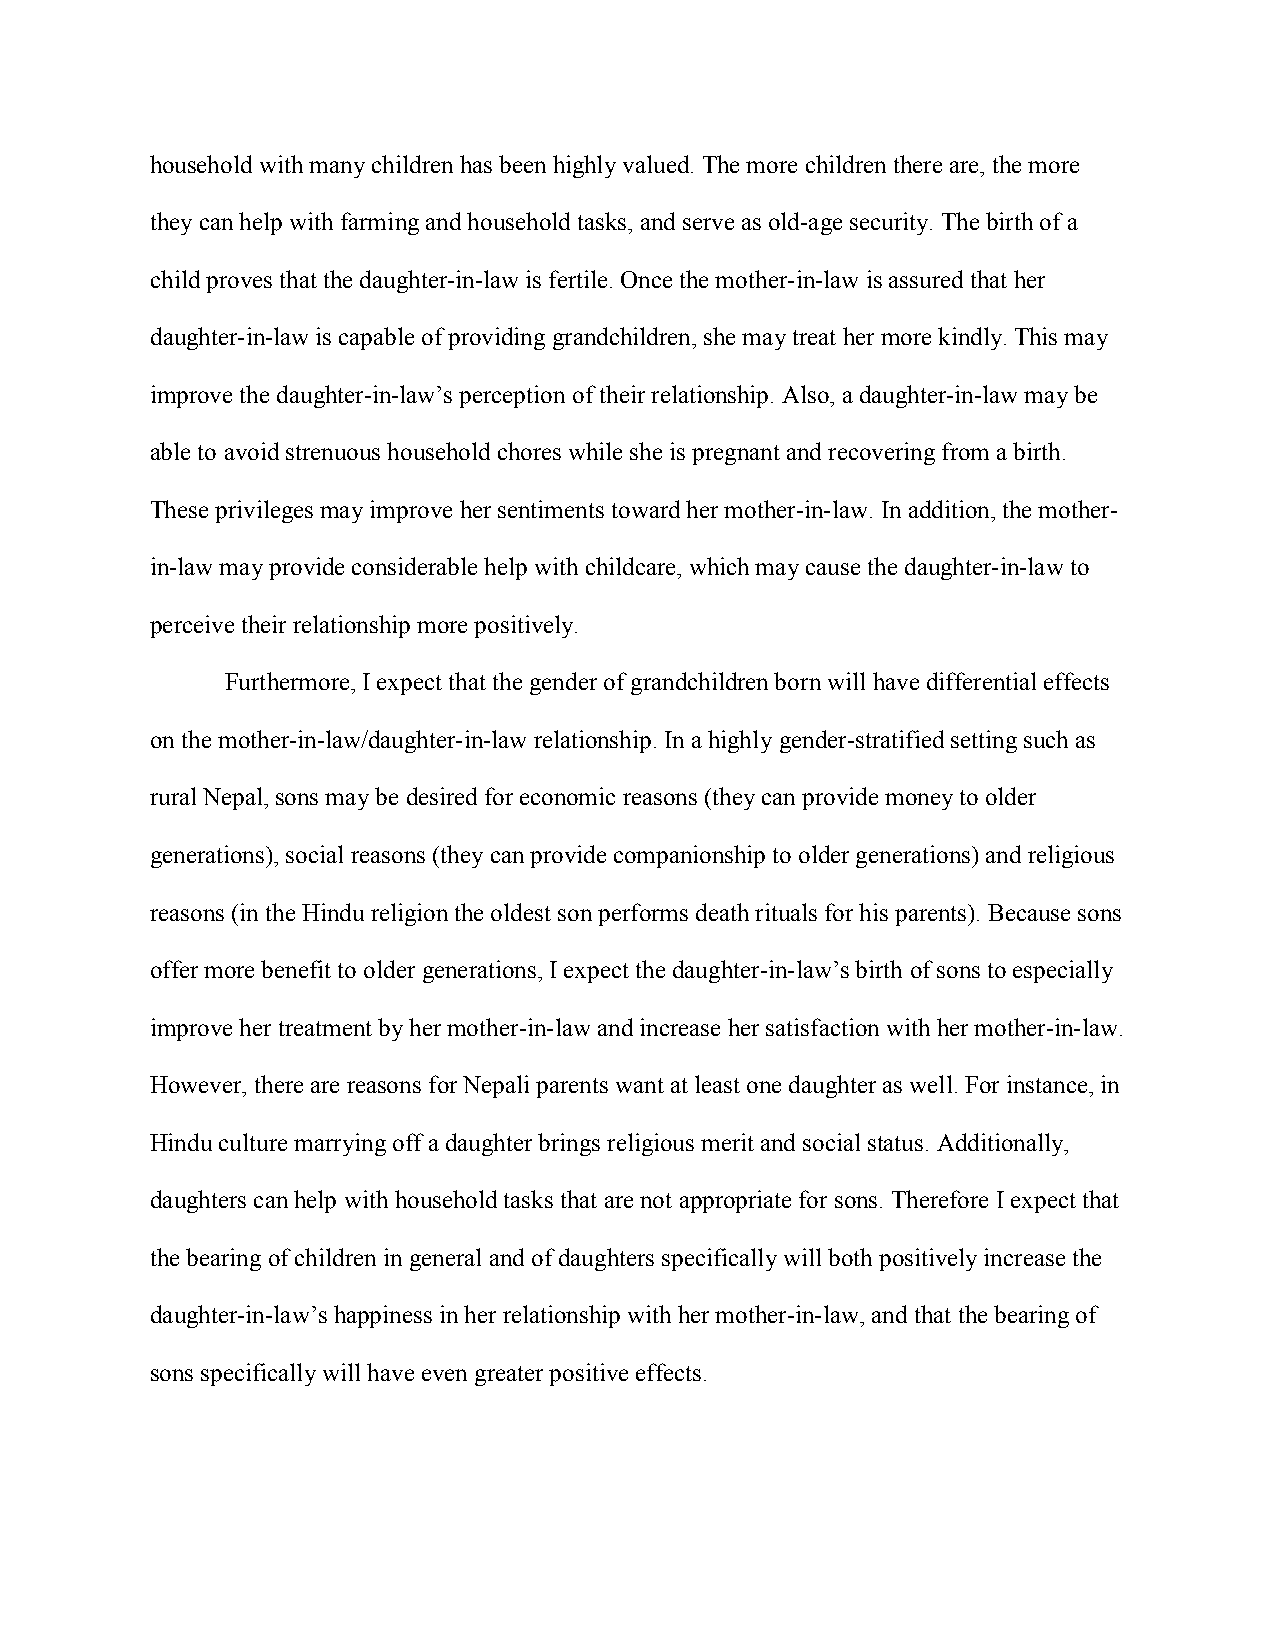
household with many children has been highly valued. The more children there are, the more
 they can help with farming and household tasks, and serve as old-age security. The birth of a
 child proves that the daughter-in-law is fertile. Once the mother-in-law is assured that her
 daughter-in-law is capable of providing grandchildren, she may treat her more kindly. This may
 improve the daughter-in-law’s perception of their relationship. Also, a daughter-in-law may be
 able to avoid strenuous household chores while she is pregnant and recovering from a birth.
 These privileges may improve her sentiments toward her mother-in-law. In addition, the mother-
 in-law may provide considerable help with childcare, which may cause the daughter-in-law to
 perceive their relationship more positively.
 Furthermore, I expect that the gender of grandchildren born will have differential effects
 on the mother-in-law/daughter-in-law relationship. In a highly gender-stratified setting such as
 rural Nepal, sons may be desired for economic reasons (they can provide money to older
 generations), social reasons (they can provide companionship to older generations) and religious
 reasons (in the Hindu religion the oldest son performs death rituals for his parents). Because sons
 offer more benefit to older generations, I expect the daughter-in-law’s birth of sons to especially
 improve her treatment by her mother-in-law and increase her satisfaction with her mother-in-law.
 However, there are reasons for Nepali parents want at least one daughter as well. For instance, in
 Hindu culture marrying off a daughter brings religious merit and social status. Additionally,
 daughters can help with household tasks that are not appropriate for sons. Therefore I expect that
 the bearing of children in general and of daughters specifically will both positively increase the
 daughter-in-law’s happiness in her relationship with her mother-in-law, and that the bearing of
 sons specifically will have even greater positive effects.